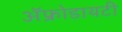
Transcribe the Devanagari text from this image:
ॲफ्रोडायटी